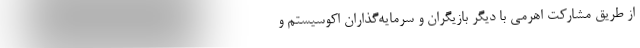
از طریق مشارکت اهرمی با دیگر بازیگران و سرمایه‌گذاران اکوسیستم و